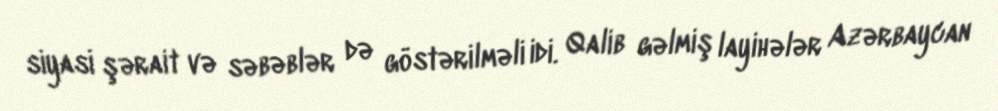
siyasi şərait və səbəblər də göstərilməli idi. Qalib gəlmiş layihələr Azərbaycan